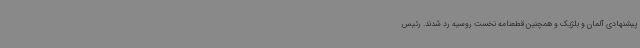
پیشنهادی آلمان و بلژیک و همچنین قطعنامه نخست روسیه رد شدند. رئیس